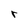
Character: r